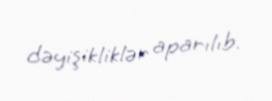
dəyişikliklər aparılıb.